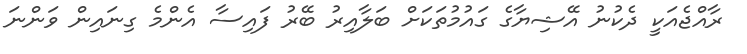
ރާއްޖެއަކީ ދެކުނު އޭޝިޔާގެ ގައުމުތަކަށް ބަލާއިރު ބޭރު ފައިސާ އެންމެ ގިނައިން ވަންނަ